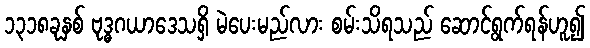
၁၃၁၈ခုနှစ် ဗုဒ္ဓဂယာဒေသရှိ မဲပေးမည်လား စမ်းသိရသည် ဆောင်ရွက်ရန်ဟူ၍